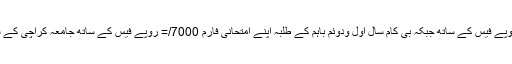
بی کام سال اول ودوئم کے طلبہ اپنے امتحانی فارم 4000/= روپے فیس کے ساتھ جبکہ بی کام سال اول ودوئم باہم کے طلبہ اپنے امتحانی فارم 7000/= روپے فیس کے ساتھ جامعہ کراچی کے سلور جوبلی گیٹ پر واقع بینک کائونٹرز پر جمع کراسکتے ہیں۔